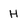
Character: H